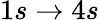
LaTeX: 1s\rightarrow 4s